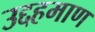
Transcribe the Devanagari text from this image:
उद्दहमाण